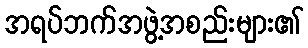
အရပ်ဘက်အဖွဲ့အစည်းများ၏